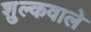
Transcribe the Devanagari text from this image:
शुल्कवाले